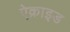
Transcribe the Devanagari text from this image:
ऐक्राइड